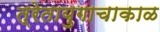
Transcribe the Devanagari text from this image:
त्रेतायुगाचाकाळ